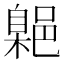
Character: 𮠃